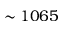
\sim 1 0 6 5